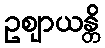
ဥဈာယန္တိ